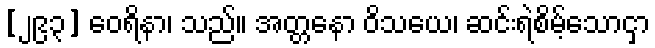
[၂၉၃] ဝေရိနာ၊ သည်။ အတ္တနော ဝိသယေ၊ ဆင်းရဲစိမ့်သောငှာ